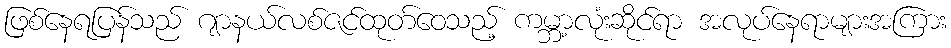
ဖြစ်နေရပြန်သည် ဂျာနယ်လစ်ဇင်ထုတ်ဝေသည့် ကမ္ဘာ့လုံးဆိုင်ရာ အလုပ်နေရာများအကြား